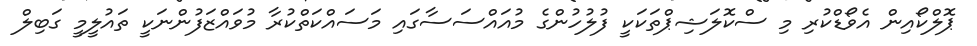
ޕޮލްކޯއިން އެވޯޑްކުރި މި ސްކޮލަޝިޕްތަކަކީ ފުލުހުންގެ މުއައްސަސާގައި މަސައްކަތްކުރާ މުވައްޒަފުންނަކީ ތައުލީމީ ގަބިލް